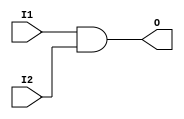
`timescale 1ns / 1ps
//////////////////////////////////////////////////////////////////////////////////
// Company: 
// Engineer: 
// 
// Design Name: 
// Module Name:    LogicGates 
// Project Name: 
// Target Devices: 
// Tool versions: 
// Description: 
//
// Dependencies: 
//
// Revision: 
// Revision 0.01 - File Created
// Additional Comments: 
//
//////////////////////////////////////////////////////////////////////////////////

module AND(
	input I1, I2,
	output O
);

	assign O = I1 & I2;

endmodule

module OR(
	input I1, I2,
	output O
);

	assign O = I1 | I2;

endmodule



module NOT(
	input I,
	output O
);
	
	assign O = ~I;
	
endmodule




module NAND(
	input I1, I2,
	output reg O
);
	
	always@(*)
	begin
	if (I1 ==I2 & I2 == 1)
	O<=0;
	else
	O<=1;
	end
endmodule
	

module NOR(
	input I1, I2,
	output reg O
);
	
	always@(*)
	begin
	if (I1 ==0 & I2 == 0)
	O<=1;
	else
	O<=0;
	end
endmodule




module XOR(
	input I1, I2,
	output O
);
	
	assign O = I1 ^ I2;
	
endmodule


module XNOR(
	input I1, I2,
	output O
);
	
	assign O = I1 ~^ I2;
	
endmodule


module Buffer(
	input I1,
	output O
);
	
	assign O = I1;
	
endmodule